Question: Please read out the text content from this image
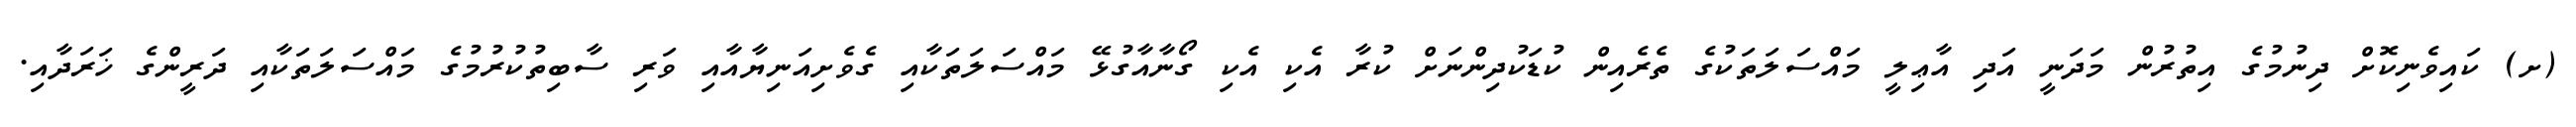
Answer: (ށ) ކައިވެނިކޮށް ދިނުމުގެ އިތުރުން މަދަނީ އަދި އާޢިލީ މައްސަލަތަކުގެ ތެރެއިން ކުޑަކުދިންނަށް ކުރާ އެކި އެކި ގޯނާއާގުޅޭ މައްސަލަތަކާއި ގެވެށިއަނިޔާއާއި ވަރި ސާބިތުކުރުމުގެ މައްސަލަތަކާއި ދަރީންގެ ޚަރަދާއި.